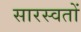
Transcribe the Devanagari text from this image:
सारस्वतों